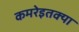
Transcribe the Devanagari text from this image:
कमरेइतक्या